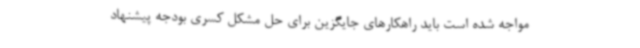
مواجه شده است باید راهکارهای جایگزین برای حل مشکل کسری بودجه پیشنهاد